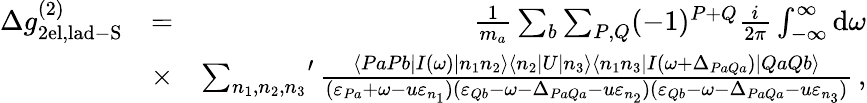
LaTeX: \begin{array}{rlr}{\Delta g_{\mathrm{2el,lad-S}}^{(2)}}&{=}&{\frac{1}{m_{a}}\sum_{b}\sum_{P,Q}(-1)^{P+Q}\frac{i}{2\pi}\int_{-\infty}^{\infty}\mathrm{d}\omega}\\ &{\times}&{{\sum_{n_{1},n_{2},n_{3}}}^{\prime}\, \frac{\langle PaPb|I(\omega)|n_{1}n_{2}\rangle\langle n_{2}|U|n_{3}\rangle\langle n_{1}n_{3}|I(\omega+\Delta_{PaQa})|QaQb\rangle}{(\varepsilon_{Pa}+\omega-u\varepsilon_{n_{1}})(\varepsilon_{Qb}-\omega-\Delta_{PaQa}-u\varepsilon_{n_{2}})(\varepsilon_{Qb}-\omega-\Delta_{PaQa}-u\varepsilon_{n_{3}})}\, ,}\end{array}